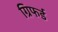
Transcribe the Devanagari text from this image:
ग्रिफर्ड